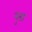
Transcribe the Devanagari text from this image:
युग्रा